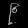
Digit: ၉